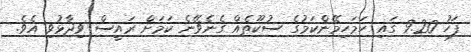
ފަހު 9.20 ގައި ހަމަހިމޭންކަމުގެ ސުކޫތެއް ގެނެވޭނެ ކަމަށް ރައީސް ވިދާޅުވި އެވެ.